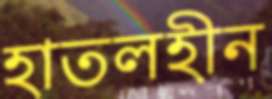
হাতলহীন